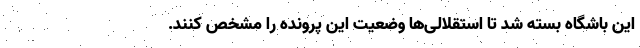
این باشگاه بسته شد تا استقلالی‌ها وضعیت این پرونده را مشخص کنند.